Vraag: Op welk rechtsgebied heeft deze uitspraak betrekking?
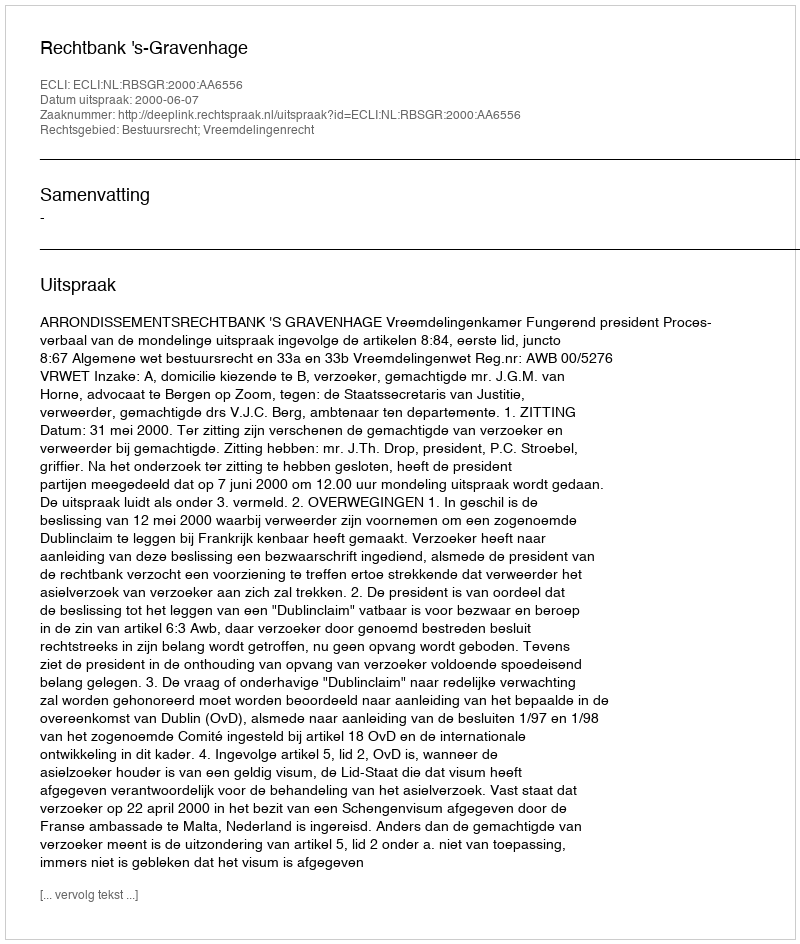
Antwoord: Bestuursrecht; Vreemdelingenrecht